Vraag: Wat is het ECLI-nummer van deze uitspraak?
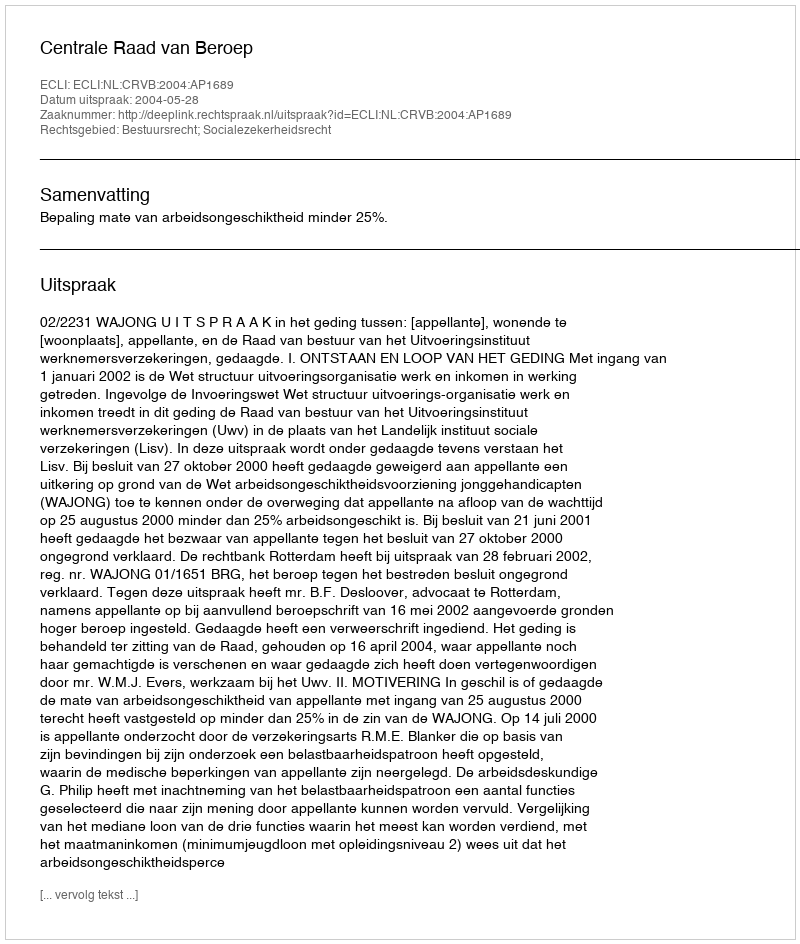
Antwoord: ECLI:NL:CRVB:2004:AP1689